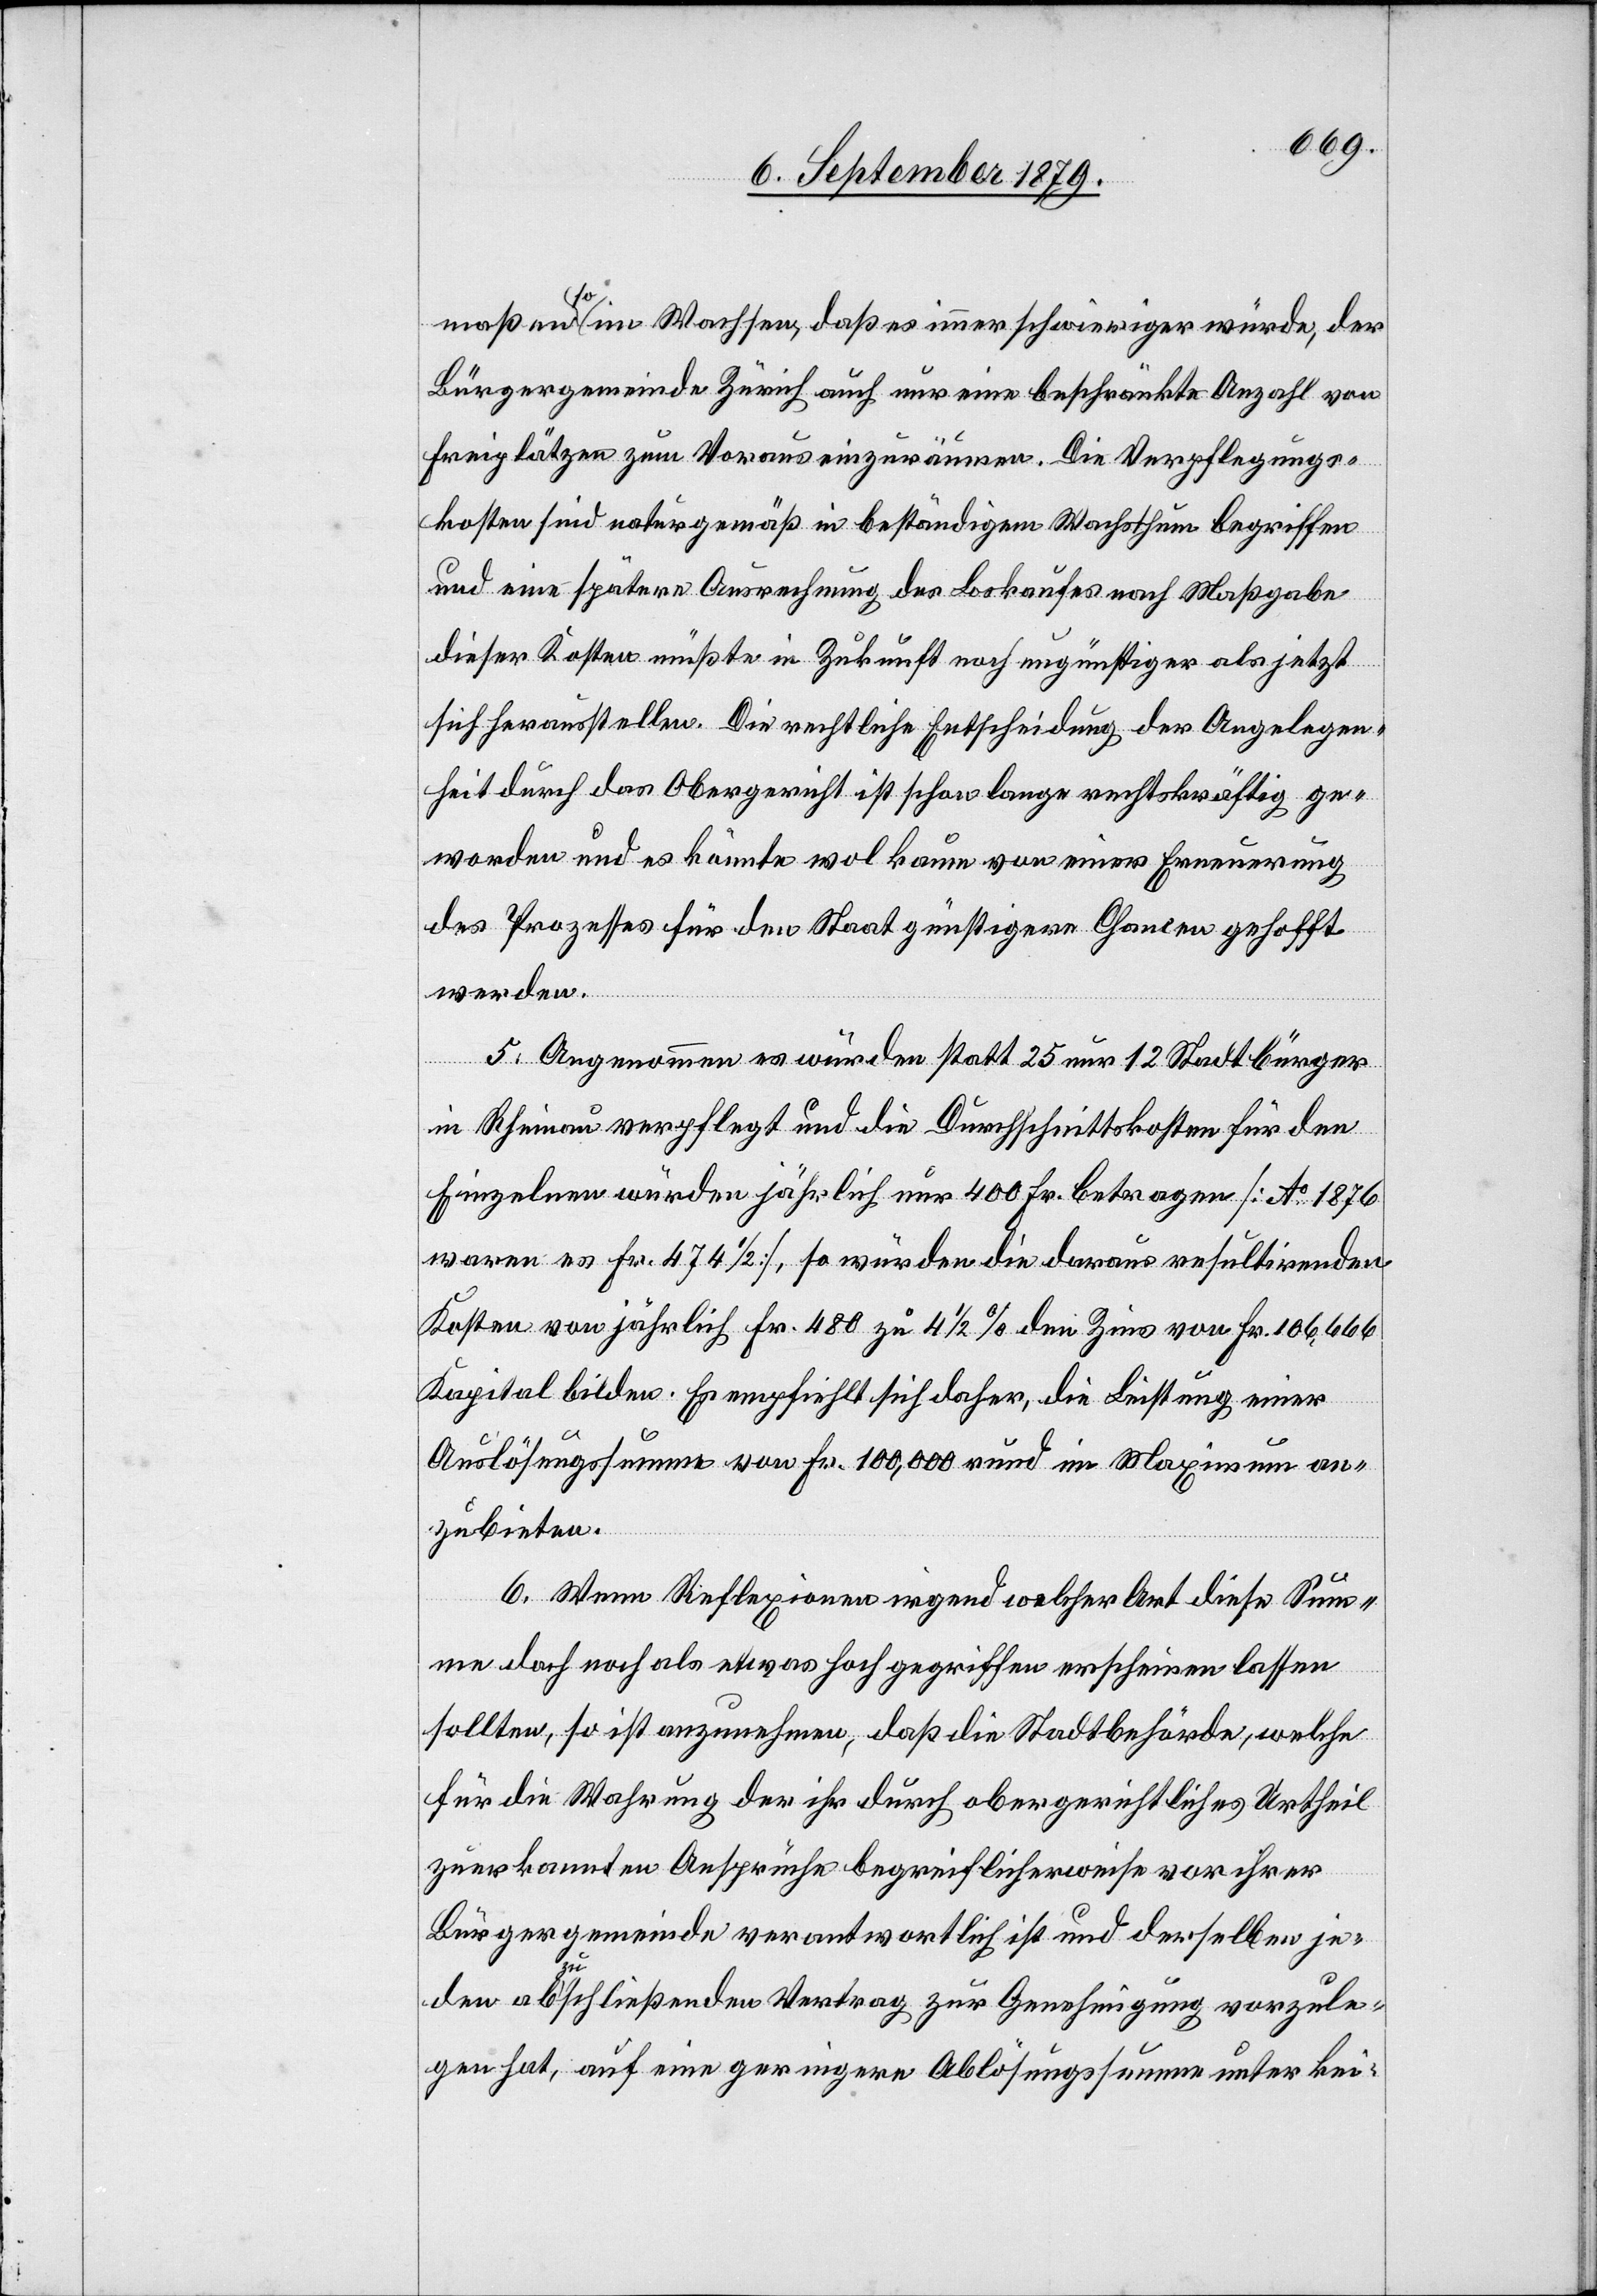
maßen so im Wachsen, daß es immer schwieriger würde, der
Bürgergemeinde Zürich auch nur eine beschränkte Anzahl von
Freiplätzen zum Voraus einzuräumen. Die Verpflegungs¬
kosten sind naturgemäß in beständigem Wachsthum begriffen
und eine spätere Ausrechnung des Loskaufes nach Maßgabe
dieser Kosten müßte in Zukunft noch ungünstiger als jetzt
sich herausstellen. Die rechtliche Entscheidung der Angelegen¬
heit durch das Obergericht ist schon lange rechtskräftig ge¬
worden und es könnte wol kaum von einer Erneuerung
des Prozesses für den Staat günstigere Chancen gehofft
werden.
5. Angenommen es würden statt 25 nur 12 Stadtbürger
in Rheinau verpflegt und die Durchschnittskosten für den
Einzelnen würden jährlich nur 400 Fr. betragen [Ao 1876
waren es Fr. 474 1/2], so würden die daraus resultirenden
Kosten von jährlich Fr. 480 zu 4 1/2% den Zins von Fr. 106,666
Kapital bilden. Es empfiehlt sich daher, die Leistung einer
Auslösungssumme von Fr. 100,000 rund im Maximum an¬
zubieten.
6. Wenn Reflexionen irgend welcher Art diese Sum¬
me doch noch als etwas hoch gegriffen erscheinen lassen
sollten, so ist anzunehmen, daß die Stadtbehörde, welche
für die Wahrung der ihr durch obergerichtliches Urtheil
zuerkannten Ansprüche begreiflicherweise vor ihrer
Bürgergemeinde verantwortlich ist und derselbe je¬
den abzuschließenden Vertrag zur Genehmigung vorzule¬
gen hat, auf eine geringere Ablösungssumme unter kei-